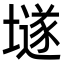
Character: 𡑞